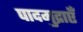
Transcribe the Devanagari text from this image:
पादमुद्राएँ